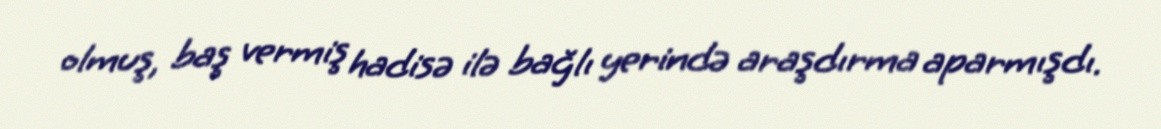
olmuş, baş vermiş hadisə ilə bağlı yerində araşdırma aparmışdı.